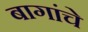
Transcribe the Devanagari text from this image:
बागांचे